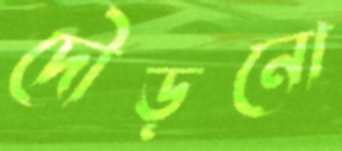
দৌড়নো